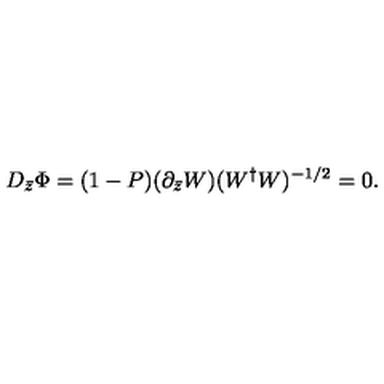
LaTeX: D _ { \bar { z } } \Phi = ( 1 - P ) ( \partial _ { \bar { z } } W ) ( W ^ { \dag } W ) ^ { - 1 / 2 } = 0 .